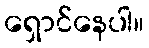
ရှောင်နေပါ။